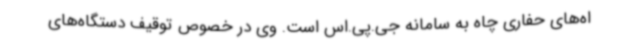
اه‌های حفاری چاه به سامانه جی.پی.اس است. وی در خصوص توقیف دستگاه‌های